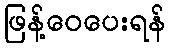
ဖြန့်ဝေပေးရန်